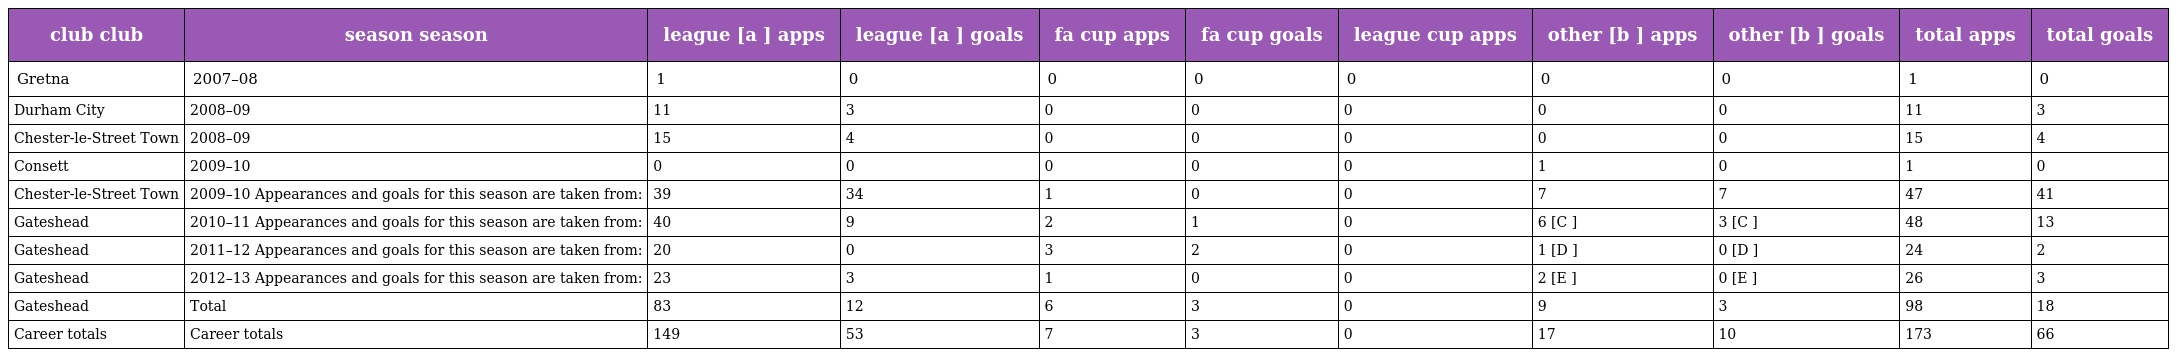
| club club | season season | league [a ] apps | league [a ] goals | fa cup apps | fa cup goals | league cup apps | other [b ] apps | other [b ] goals | total apps | total goals |
 | --- | --- | --- | --- | --- | --- | --- | --- | --- | --- | --- |
 | Gretna | 2007–08 | 1 | 0 | 0 | 0 | 0 | 0 | 0 | 1 | 0 |
 | Durham City | 2008–09 | 11 | 3 | 0 | 0 | 0 | 0 | 0 | 11 | 3 |
 | Chester-le-Street Town | 2008–09 | 15 | 4 | 0 | 0 | 0 | 0 | 0 | 15 | 4 |
 | Consett | 2009–10 | 0 | 0 | 0 | 0 | 0 | 1 | 0 | 1 | 0 |
 | Chester-le-Street Town | 2009–10 Appearances and goals for this season are taken from: | 39 | 34 | 1 | 0 | 0 | 7 | 7 | 47 | 41 |
 | Gateshead | 2010–11 Appearances and goals for this season are taken from: | 40 | 9 | 2 | 1 | 0 | 6 [C ] | 3 [C ] | 48 | 13 |
 | Gateshead | 2011–12 Appearances and goals for this season are taken from: | 20 | 0 | 3 | 2 | 0 | 1 [D ] | 0 [D ] | 24 | 2 |
 | Gateshead | 2012–13 Appearances and goals for this season are taken from: | 23 | 3 | 1 | 0 | 0 | 2 [E ] | 0 [E ] | 26 | 3 |
 | Gateshead | Total | 83 | 12 | 6 | 3 | 0 | 9 | 3 | 98 | 18 |
 | Career totals | Career totals | 149 | 53 | 7 | 3 | 0 | 17 | 10 | 173 | 66 |